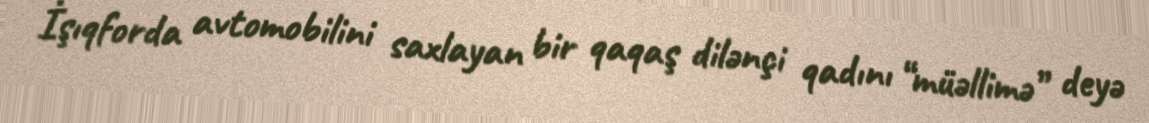
İşıqforda avtomobilini saxlayan bir qaqaş dilənçi qadını “müəllimə” deyə